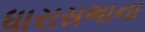
ધારાસભાના